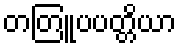
တတြူပပတ္တိယာ